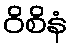
ဝိစိနံ